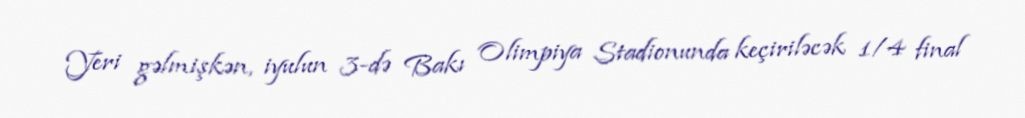
Yeri gəlmişkən, iyulun 3-də Bakı Olimpiya Stadionunda keçiriləcək 1/4 final